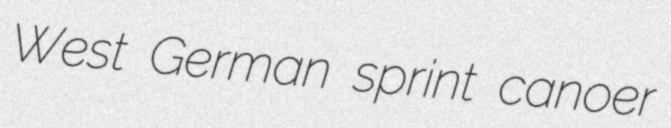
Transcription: West German sprint canoer